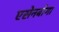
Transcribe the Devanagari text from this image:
एसेनबोगा